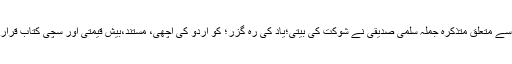
اتفاق دیکھیے، زندگی اور کتاب سے متعلق متذکرہ جملہ سلمیٰ صدیقی نے شوکت کی بیتی؛یاد کی رہ گزر؛ کو اردو کی اچھی، مستند،بیش قیمتی اور سچی کتاب قرار دینے کے مرحلے میں لکھا تھا۔